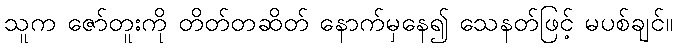
သူက ဇော်တူးကို တိတ်တဆိတ် နောက်မှနေ၍ သေနတ်ဖြင့် မပစ်ချင်။